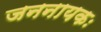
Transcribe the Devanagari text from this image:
जननायकः